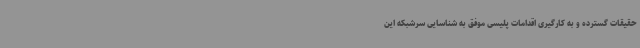
حقیقات گسترده و به کارگیری اقدامات پلیسی موفق به شناسایی سرشبکه این